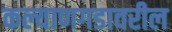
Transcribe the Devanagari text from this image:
कल्याणगडावरील